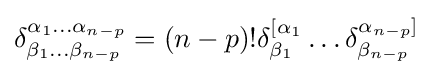
\delta _{\beta _{1}\dots \beta _{n-p}}^{\alpha _{1}\dots \alpha _{n-p}}=(n-p)!\delta _{\beta _{1}}^{\lbrack \alpha _{1}}\dots \delta _{\beta _{n-p}}^{\alpha _{n-p}\rbrack }